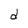
Character: d